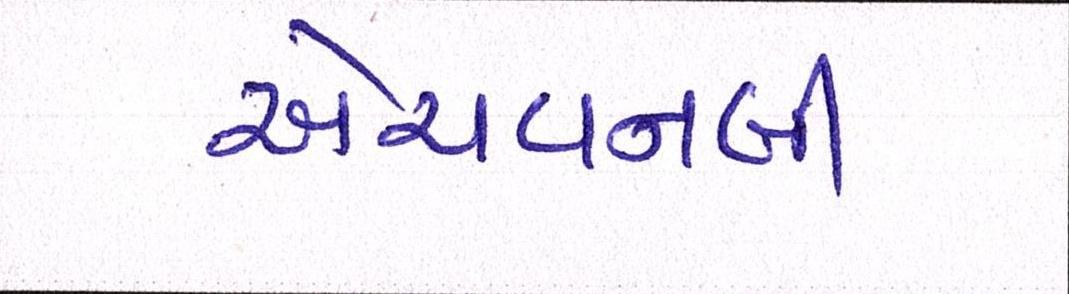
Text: એચવનબી